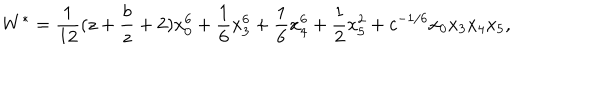
LaTeX: W ^ { \ast } = \frac { 1 } { 1 2 } ( z + \frac { b } { z } + 2 ) x _ { 0 } ^ { 6 } + \frac { 1 } { 6 } x _ { 3 } ^ { 6 } + \frac { 1 } { 6 } x _ { 4 } ^ { 6 } + \frac { 1 } { 2 } x _ { 5 } ^ { 2 } + c ^ { - 1 / 6 } x _ { 0 } x _ { 3 } x _ { 4 } x _ { 5 } ,